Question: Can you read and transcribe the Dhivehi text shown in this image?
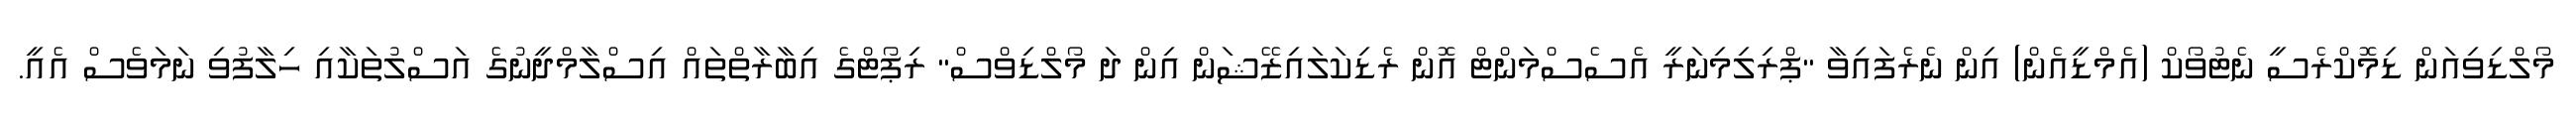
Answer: މޯލްޑިވިއަން ޑިމޮކްރެސީ ނެޓުވޯކް (އެމްޑީއެން) އިން ނެރެފައިވާ "ޕްރިލިމިނަރީ އެސެސްމަންޓް އޮން ރެޑިކަލައިޒޭޝަން އިން ދަ މޯލްޑިވްސް" ރިޕޯޓްގެ އިބާރާތްތައް އިސްލާމްދީނުގެ އަސްލުތަކާއި ހިލާފުވި ނަމަވެސް އެއީ.